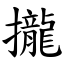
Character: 攏